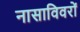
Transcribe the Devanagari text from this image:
नासाविवरों